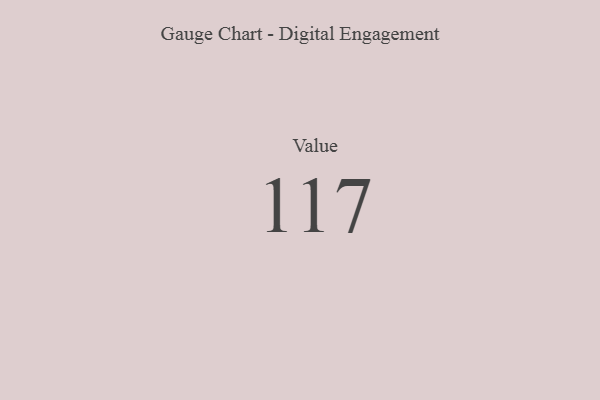
{"axis": {"x": "Metric", "y": "Value"}, "legend": [""], "data": [{"x": "Value", "y": 117, "type": ""}]}